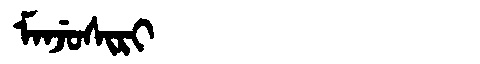
Manchu: ᠮᠠᠨᠵᡠᠰᡳᡵᡳ
Romanization: MANJUSIRI